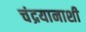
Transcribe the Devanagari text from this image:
चंद्रयानाशी